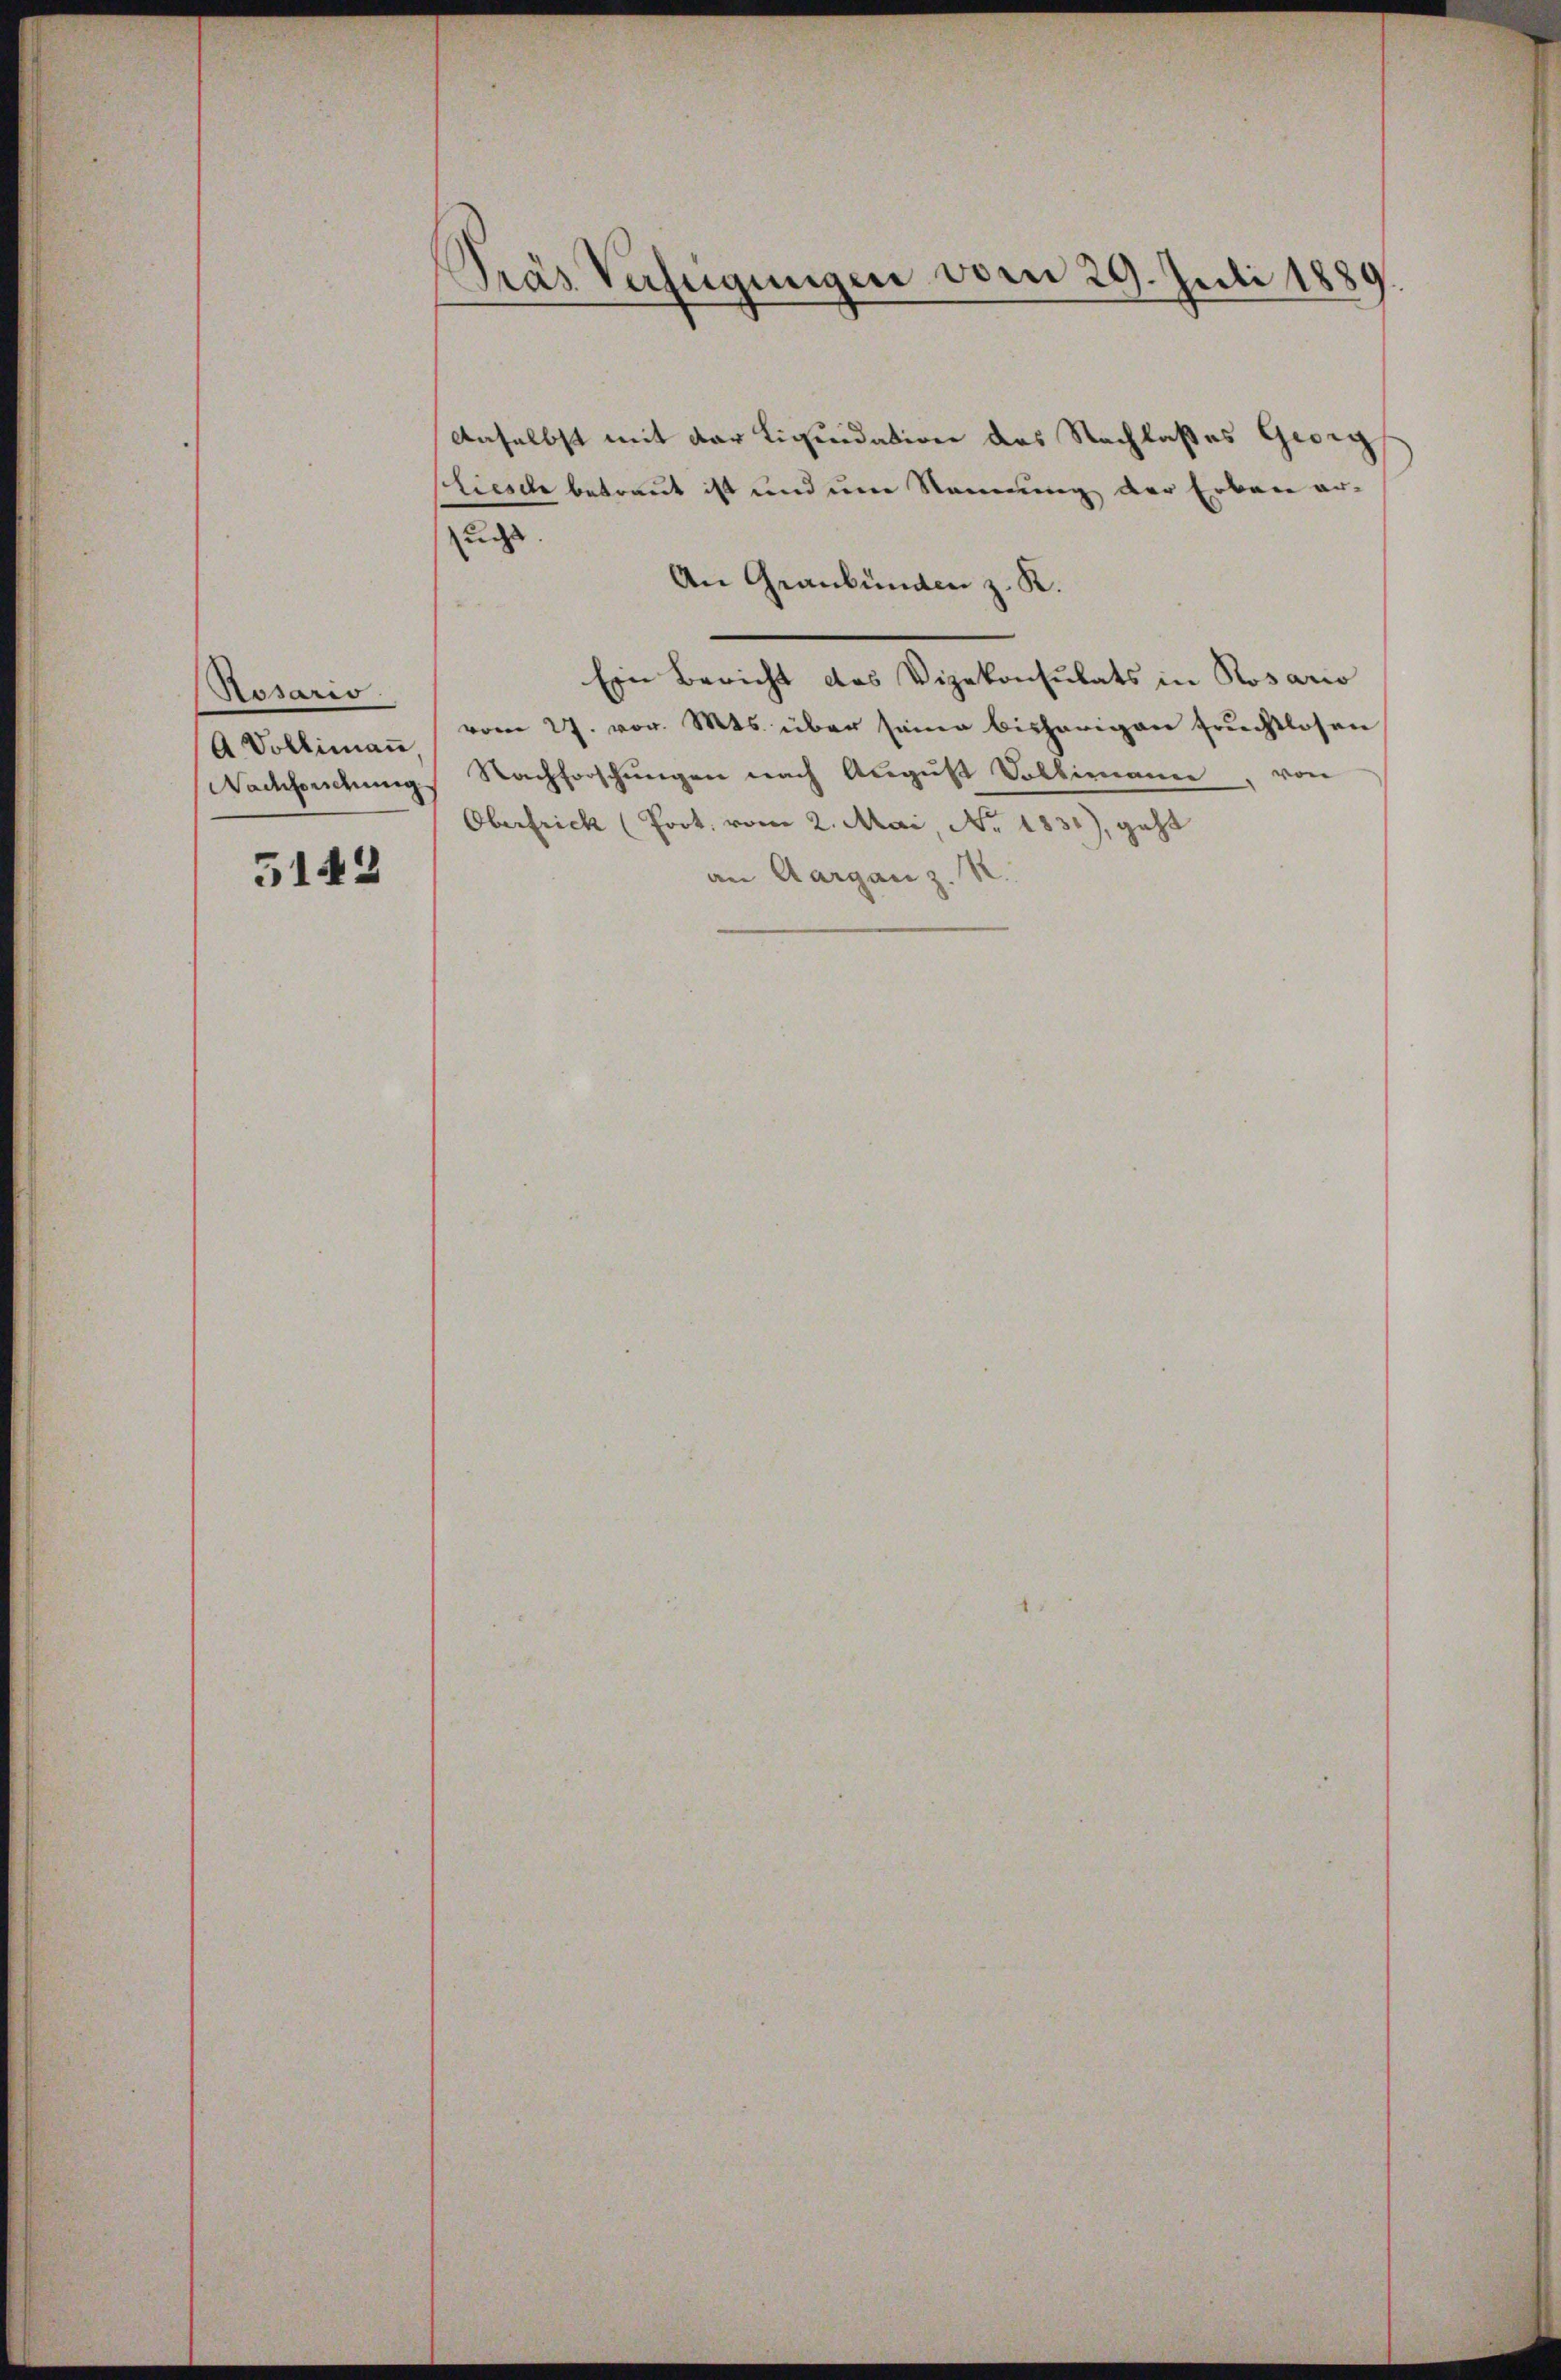
Rosario.
A Vollimann

5143

Pras Verfügungen vom 29. Juli 1889.

daselbst mit der Liquidation des Nachlaßes Georg
Liesche betraut ist und eine Nennung der Erbau er-
uchs
An Graubünden z. R.
Ein Bericht des Vizekonsulats in Rosario
vom 27. vor. Mts. über seine bisherigen fruchtlosen
Wachsendung Nachforschungen nach August Voltimann, von
Oberfrick (Poot. vom 2. Mai, No. 1831), geht
an Aargau z. R.